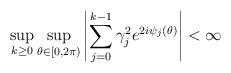
LaTeX: \begin{align*}\sup_{k \geq 0} \sup_{\theta \in [0,2\pi)}\left| \sum_{j=0}^{k-1} \gamma_j^2 e^{2 i \psi_j(\theta)} \right| < \infty\end{align*}